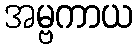
အမ္ဗကာယ